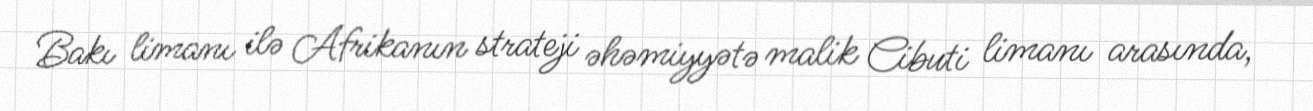
Bakı limanı ilə Afrikanın strateji əhəmiyyətə malik Cibuti limanı arasında,